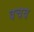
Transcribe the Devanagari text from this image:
वचव